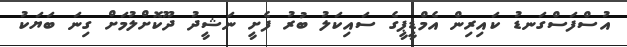
އުސްފަސްގަނޑު ކައިރިން އެމްޑީޕީގެ ސައިކަލު ބުރު ފެށީ ނަޝީދު ދޫކޮށްލުމަށް ގިނަ ބަޔަކު